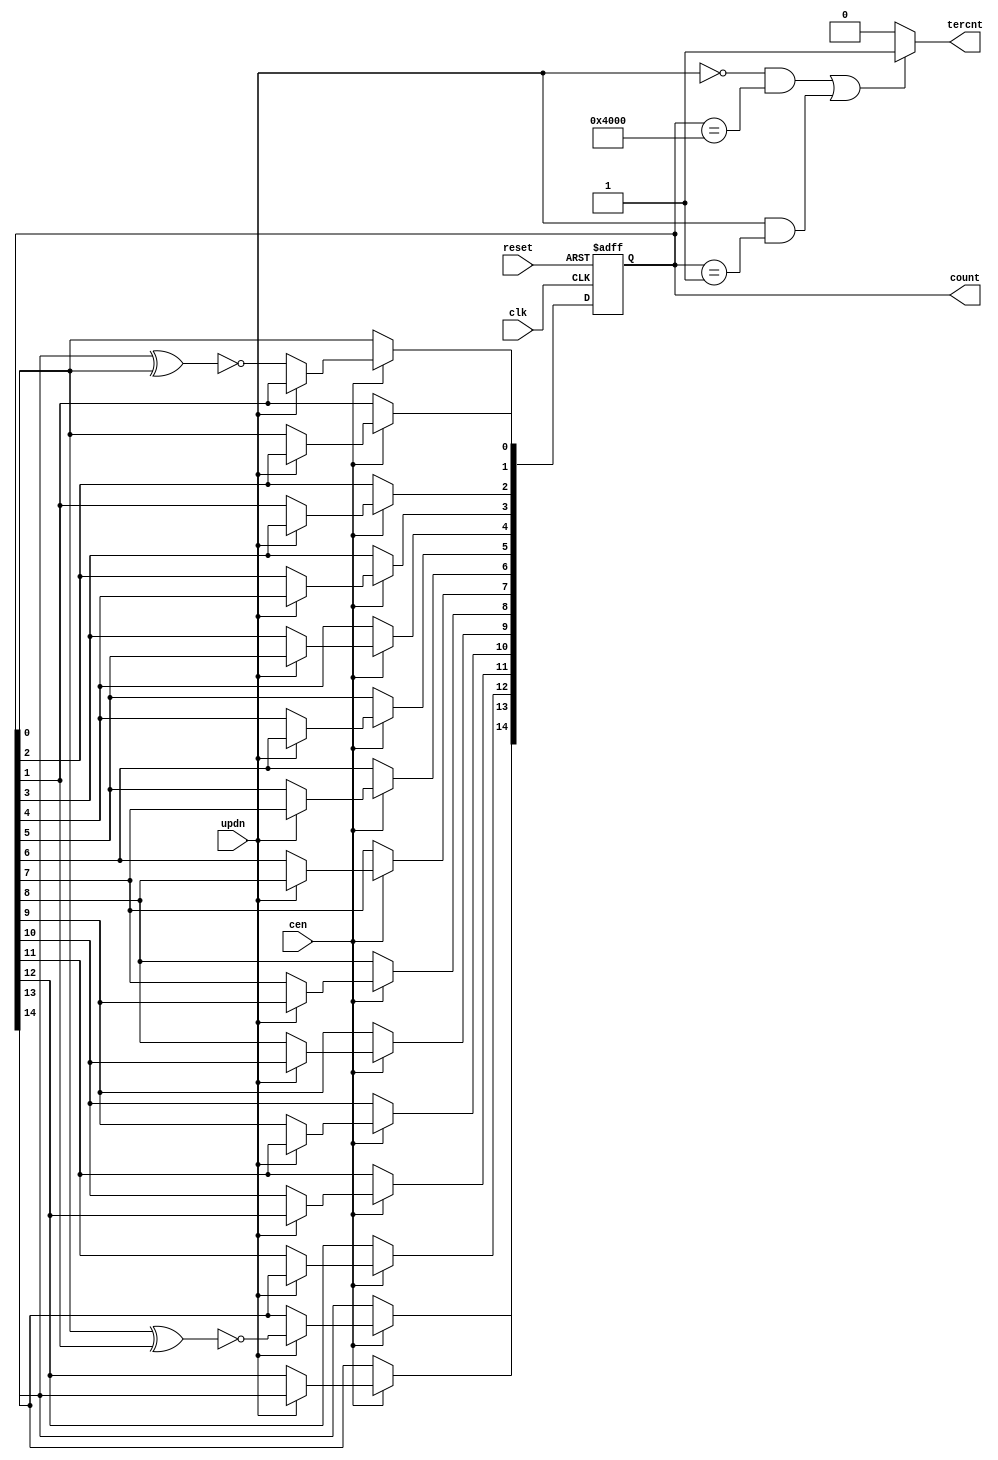

//--------------------------------------------------------------------------------------------------
//
// Title       : DW03_lfsr_updn
// Design      : DW03_lfsr_updn
 
// Company     : 
//
//-------------------------------------------------------------------------------------------------
//
// Description : DW03_lfsr_updn is a programmable word-length counter.
// DW03_lfsr_updn implements a counter as an LFSR (linear feedback shift register) which
// also acts as a pseudorandom counter constructed as primitive characteristic polynomials.
//
//-------------------------------------------------------------------------------------------------

module DW03_lfsr_updn(updn, cen, clk, reset, count, tercnt)/* synthesis syn_builtin_du = "weak" */;
parameter width = 15;

//Input/output declaration
input 			   clk;    //System clock             
input 			   reset;  //asynchronous reset active low                   
input 			   cen;    //active low                    
input              updn;   //Input high for count up and low for count down                 
output [width-1:0] count;  //Output count bus 
output             tercnt; //Output terminal count

//Internal signal declaration	 
    reg                     tercnt;
    reg	[width - 1 : 0]	    tap; 
	reg	[width - 1 : 0]     cnt;
	reg	[width - 1 : 0]     cnt_r;
	reg						tmp_msb;
	reg						tmp_lsb;
	reg						msb;
	reg						lsb;
	integer					i;	   
	
	//Get the taps for the specified width
	always@(reset)
	begin	 	
        if(width == 2)
			tap=2'b11;
		else if(width == 3)
			tap=3'b011; 
		else if(width == 4)
			tap=4'b0011;
		else if(width == 5)
			tap=5'b0_0101;  
		else if(width == 6)
			tap=6'b00_0011;
		else if(width == 7)
			tap=7'b000_0011;
		else if(width == 8)
			tap=8'b0110_0011;
		else if(width == 9)
			tap=9'b0_0001_0001;
		else if(width == 10)
			tap=10'b00_0000_1001;
		else if(width == 11)
			tap=11'b000_0000_0101;
		else if(width == 12)
			tap=12'b0000_1001_1001;
		else if(width == 13)
			tap=13'b0_0000_0001_1011;
		else if(width == 14)
			tap=14'b01_1000_0000_0011;	 
		else if(width == 15)
			tap=15'b000_0000_0000_0011;
		else if(width == 16)
			tap=16'b0000_0000_0010_1101;
		else if(width == 17)	
			tap=17'b0_0000_0000_0000_1001;
		else if(width == 18)
			tap=18'b00_0000_0000_1000_0001;
		else if(width == 19)
			tap=19'b000_0000_0000_0110_0011;
		else if(width == 20)
			tap=20'b0000_0000_0000_0000_1001;
		else if(width == 21)
			tap=21'b0_0000_0000_0000_0000_0101;
		else if(width == 22)
			tap=22'b00_0000_0000_0000_0000_0011; 
		else if(width == 23)
			tap=23'b000_0000_0000_0000_0010_0001; 	
		else if(width == 24)
			tap=24'b0000_0000_0000_0000_0001_1011; 	
		else if(width == 25)
			tap=25'b0_0000_0000_0000_0000_0000_1001; 	
		else if(width == 26)
			tap=26'b00_0000_0000_0000_0001_1000_0011; 		
		else if(width == 27)
			tap=27'b000_0000_0000_0000_0001_1000_0011; 		
		else if(width == 28)
			tap=28'b0000_0000_0000_0000_0000_0000_1001; 			
		else if(width == 29)
			tap=29'b0_0000_0000_0000_0000_0000_0000_0101; 				
		else if(width == 30)
			tap=30'b00_0000_0000_0001_1000_0000_0000_0011; 					
		else if(width == 31)
			tap=31'b000_0000_0000_0000_0000_0000_0000_1001; 					
		else if(width == 32)
			tap=32'b0001_1000_0000_0000_0000_0000_0000_0011; 					
		else if(width == 33)
			tap=33'b0_0000_0000_0000_0000_0010_0000_0000_0001; 					
		else if(width == 34)
			tap=34'b00_0000_0000_0000_0000_1100_0000_0000_0011; 					
		else if(width == 35)
			tap=35'b000_0000_0000_0000_0000_0000_0000_0000_0101; 						
		else if(width == 36)
			tap=36'b0000_0000_0000_0000_0000_0000_1000_0000_0001; 							
		else if(width == 37)
			tap=37'b0_0000_0000_0000_0000_0000_0001_0100_0000_0101; 								
		else if(width == 38)
			tap=38'b00_0000_0000_0000_0000_0000_0000_0000_0110_0011; 
		else if(width == 39)
			tap=39'b000_0000_0000_0000_0000_0000_0000_0000_0001_0001; 	
		else if(width == 40)
			tap=40'b0000_0000_0000_0000_0010_1000_0000_0000_0000_0101; 		
		else if(width == 41)
			tap=41'b0_0000_0000_0000_0000_0000_0000_0000_0000_0000_1001; 			
		else if(width == 42)
			tap=42'b00_0000_0000_0000_0000_1100_0000_0000_0000_0000_0011; 			
		else if(width == 43)
			tap=43'b000_0000_0000_0000_0000_0000_0000_0000_0000_0001_1011; 			
		else if(width == 44)
			tap=44'b0000_0000_0000_0000_1100_0000_0000_0000_0000_0000_0011; 
		else if(width == 45)
			tap=45'b0_0000_0000_0000_0000_0000_0000_0000_0000_0000_0001_1011; 
		else if(width == 46)
			tap=46'b00_0000_0000_0000_0000_0000_0011_0000_0000_0000_0000_0011; 
		else if(width == 47)
			tap=47'b000_0000_0000_0000_0000_0000_0000_0000_0000_0000_0010_0001; 
		else if(width == 48)
			tap=48'b0000_0000_0000_0000_0000_0000_0011_0000_0000_0000_0000_0011; 
		else if(width == 49)
			tap=49'b0_0000_0000_0000_0000_0000_0000_0000_0000_0000_0010_0000_0001; 	
		else if(width == 50)
			tap=50'b00_0000_0000_0000_0000_0000_1100_0000_0000_0000_0000_0000_0011; 		
	end	
	
	//Implementing sequential part
	always @( posedge clk or negedge reset)
		if( !reset )
			cnt_r <= 0;
		else
			begin
				if( cen )
					begin
						if ( updn )
							begin
								cnt_r[width-1] <= msb;
			          //synthesis loop_limit 2000  
								for ( i = width-1; i > 0; i = i - 1 )
									cnt_r[i-1] <= cnt_r[i];
							end
						else							  
							begin
								cnt_r[0] <= lsb;
			          //synthesis loop_limit 2000  
								for ( i = 0; i < width - 1; i = i + 1 )
									cnt_r[i+1] <= cnt_r[i];
							end
					end
			end		

	//Implementing combo part
	always @( cnt_r or tap )
		begin	   
			tmp_msb = cnt_r[0];
			//synthesis loop_limit 2000  
			for( i = 1; i < width; i = i + 1 )
				begin
					if( tap[i] )
						tmp_msb = tmp_msb ^ cnt_r[i];
				end
			msb = ~tmp_msb;			
			
			tmp_lsb = cnt_r[width-1];
			//synthesis loop_limit 2000  
			for( i = 1; i < width; i = i + 1 )
				begin
					if( tap[i] )
						tmp_lsb = tmp_lsb ^ cnt_r[i-1];
				end	  
			lsb = ~tmp_lsb;	
		end	

	//Implementation of tercnt
    always@(cnt_r or updn)
		if (( !updn && (cnt_r == {1'b1, {width-1{1'b0}}})) || (updn && (cnt_r == {{width-1{1'b0}},1'b1})))
			tercnt = 1'b1;
		else
			tercnt = 1'b0;

	assign count =  cnt_r;  
	
endmodule